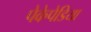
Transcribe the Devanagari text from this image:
पेकेपेडिया